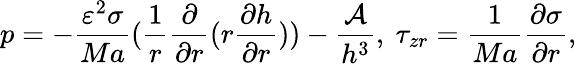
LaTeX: p=-\frac{\varepsilon^{2}\sigma}{Ma}(\frac{1}{r}\frac{\partial}{\partial r}(r\frac{\partial h}{\partial r}))-\frac{\mathcal{A}}{h^{3}},\ \tau_{zr}=\frac{1}{Ma}\frac{\partial\sigma}{\partial r},